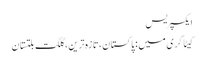
ایکسپریس
کیٹاگری میں : پاکستان، تازہ ترین، گلگت بلتستان